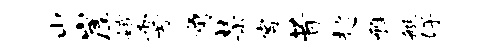
山崖娥雩角禁客昔趑雅艇好